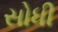
સોધી